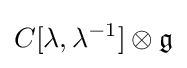
C[\lambda ,\lambda ^{-1}]\otimes {\mathfrak {g}}